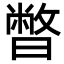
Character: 暼